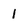
Character: 1